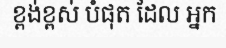
ខ្ពង់ខ្ពស់ បំផុត ដែល អ្នក